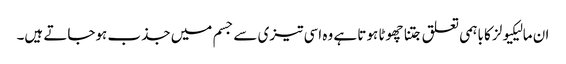
ان مالیکیولز کا باہمی تعلق جتنا چھوٹا ہوتا ہے وہ اسی تیزی سے جسم میں جذب ہوجاتے ہیں۔